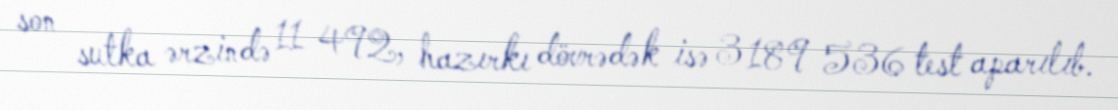
son sutka ərzində 11 492, hazırkı dövrədək isə 3 189 536 test aparılıb.